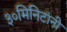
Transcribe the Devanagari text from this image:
३०मिनिटांनी